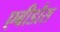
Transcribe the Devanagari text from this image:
एबीडौस